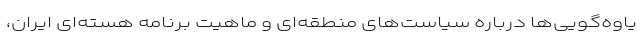
یاوه‌گویی‌ها درباره سیاست‌های منطقه‌ای و ماهیت برنامه هسته‌ای ایران،